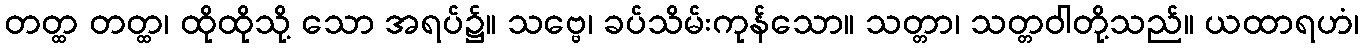
တတ္ထ တတ္ထ၊ ထိုထိုသို့ သော အရပ်၌။ သဗ္ဗေ၊ ခပ်သိမ်းကုန်သော။ သတ္တာ၊ သတ္တဝါတို့သည်။ ယထာရဟံ၊